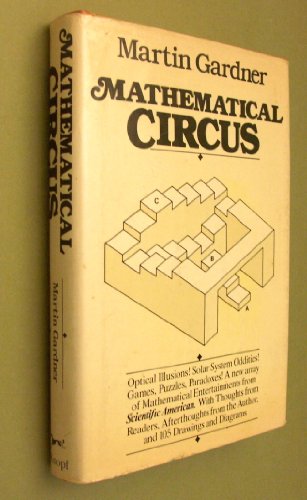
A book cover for Mathematical Circus: More Games, Puzzles, Paradoxes, and Other Mathematical Entertainments from Scientific American; Martin Gardner; Humor & Entertainment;